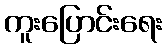
ကူးပြောင်းရေး